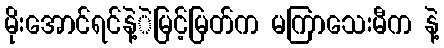
မိုးအောင်ရင်နဲ့ဲမြင့်မြတ်က မကြာသေးမီက နဲ့